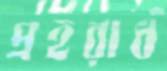
প্রহরার্ধ